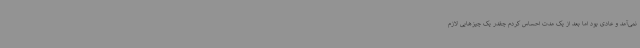
نمی‌آمد و عادی بود اما بعد از یک مدت احساس کردم چقدر یک چیزهایی لازم